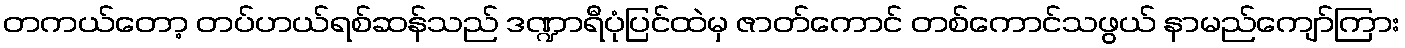
တကယ်တော့ တပ်ဟယ်ရစ်ဆန်သည် ဒဏ္ဍာရီပုံပြင်ထဲမှ ဇာတ်ကောင် တစ်ကောင်သဖွယ် နာမည်ကျော်ကြား